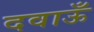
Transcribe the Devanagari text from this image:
दवाऊँ